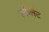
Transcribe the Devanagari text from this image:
स्केलेट